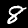
Label: 8